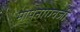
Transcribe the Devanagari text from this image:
मापनाऐवजी